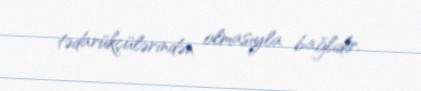
tədarükçülərindən olmasıyla bağlıdır.